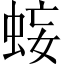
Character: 𧊷